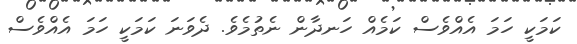
ކަމަކީ ހަމަ އެއްވެސް ކަމެއް ހަނދާން ނެތުމެވެ. ދެވަނަ ކަމަކީ ހަމަ އެއްވެސް